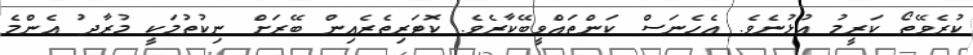
ކުރެވޭތޯ ކަރީމު އުޅުނެވެ. އެހެނަސް ކަންތައްވީބޭކާރެވެ. ކޮޓަރިތެރެއިން ބޭރަށް ނިކުތުމަކީ މުރާދު އެންމެ